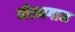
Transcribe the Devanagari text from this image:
वीरमगाम